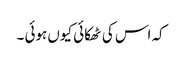
کہ اس کی ٹھکائی کیوں ہوئی ۔